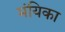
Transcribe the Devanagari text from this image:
मंयिका